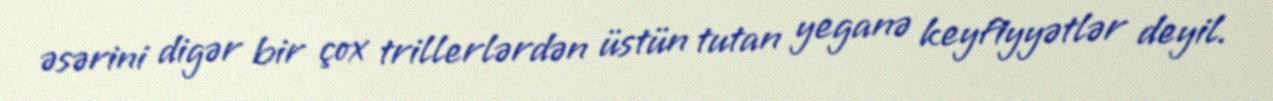
əsərini digər bir çox trillerlərdən üstün tutan yeganə keyfiyyətlər deyil.